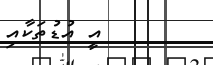
އީ އުޑުތަކާއި